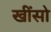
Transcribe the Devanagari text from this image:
खींसो